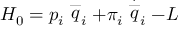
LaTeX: H _ { 0 } = p _ { i } \stackrel { \_ } { q } _ { i } + \pi _ { i } \stackrel { \stackrel { . } { \_ } } { q } _ { i } - L